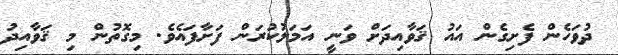
ދުވަހެން ފެށިގެން އައު ޤަވާއިދަށް ވަނީ އަމަލުކުރަން ފަށާފައެވެ. މިގޮތުން މި ޤަވާއިދު